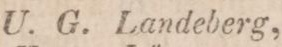
U. G. Landeberg,